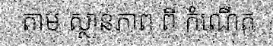
តាម ស្ថានភាព ពី កំណើត